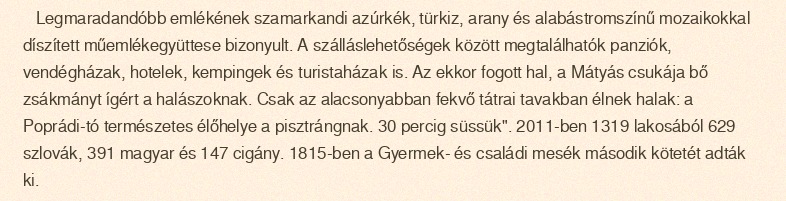
Legmaradandóbb emlékének szamarkandi azúrkék, türkiz, arany és alabástromszínű mozaikokkal díszített műemlékegyüttese bizonyult. A szálláslehetőségek között megtalálhatók panziók, vendégházak, hotelek, kempingek és turistaházak is. Az ekkor fogott hal, a Mátyás csukája bő zsákmányt ígért a halászoknak. Csak az alacsonyabban fekvő tátrai tavakban élnek halak: a Poprádi-tó természetes élőhelye a pisztrángnak. 30 percig süssük". 2011-ben 1319 lakosából 629 szlovák, 391 magyar és 147 cigány. 1815-ben a Gyermek- és családi mesék második kötetét adták ki.